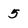
Character: 5